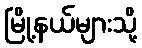
မြို့နယ်များသို့